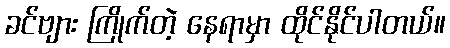
ခင်ဗျား ကြိုက်တဲ့ နေရာမှာ ထိုင်နိုင်ပါတယ်။